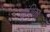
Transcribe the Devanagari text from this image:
पांथिका